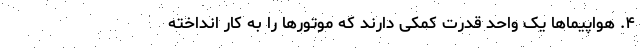
۴. هواپیما‌ها یک واحد قدرت کمکی دارند که موتور‌ها را به کار انداخته